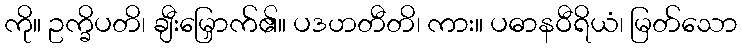
ကို။ ဥက္ခိပတိ၊ ချီးမြှောက်၏။ ပဒဟတီတိ၊ ကား။ ပဓာနဝီရိယံ၊ မြတ်သော